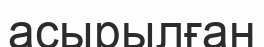
асырылған